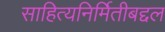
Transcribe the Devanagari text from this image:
साहित्यनिर्मितीबद्दल